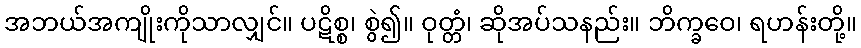
အဘယ်အကျိုးကိုသာလျှင်။ ပဋိစ္စ၊ စွဲ၍။ ဝုတ္တံ၊ ဆိုအပ်သနည်း။ ဘိက္ခဝေ၊ ရဟန်းတို့။